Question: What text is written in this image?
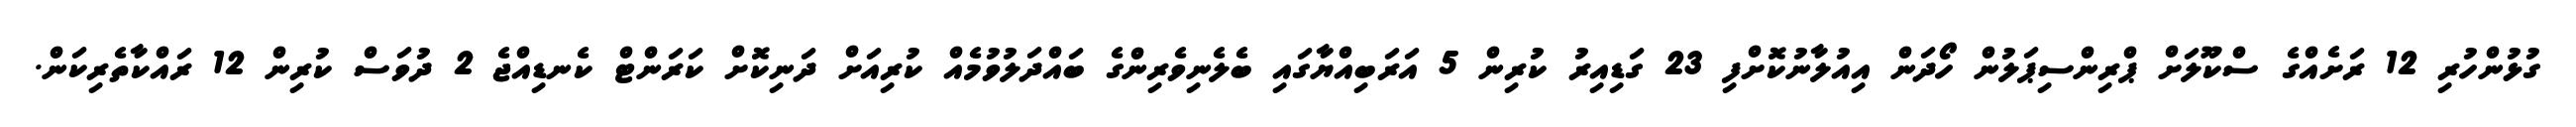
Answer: ގުޅުންހުރި 12 ރަށެއްގެ ސްކޫލަށް ޕްރިންސިޕަލުން ހޯދަން އިއުލާނުކޮށްފި 23 ގަޑިއިރު ކުރިން 5 އަރަބިއްޔާގައި ބެލެނިވެރިންގެ ބައްދަލުވުމެއް ކުރިއަށް ދަނިކޮށް ކަރަންޓް ކެނޑިއްޖެ 2 ދުވަސް ކުރިން 12 ރައްކާތެރިކަން.